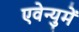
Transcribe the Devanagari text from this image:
एवेन्युमें